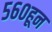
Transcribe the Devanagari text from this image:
५६०हून